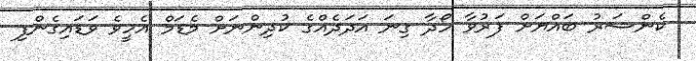
ކެންސަރު ބައްޔަށް ފަރުވާ ހޯދާ ގިނަ އަދަދެއްގެ ކުދިންނަށް މެޑަމް އެހީވެ ވަޑައިގެންފި